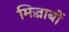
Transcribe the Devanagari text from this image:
मिज़्राबों